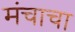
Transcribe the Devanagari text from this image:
मंचाचा